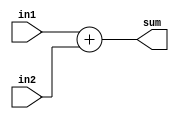
module adder (in1, in2, sum);
    parameter n = 32;
    input [n-1:0] in1, in2;
    output [n-1:0] sum;
    assign sum = in1 + in2;
endmodule